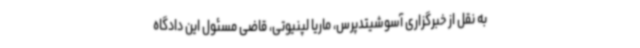
به نقل از خبرگزاری آسوشیتدپرس، ماریا لپنیوتی، قاضی مسئول این دادگاه